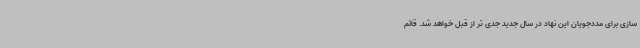
سازی برای مددجویان این نهاد در سال جدید جدی تر از قبل خواهد شد. قائم